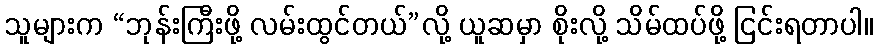
သူများက “ဘုန်းကြီးဖို့ လမ်းထွင်တယ်”လို့ ယူဆမှာ စိုးလို့ သိမ်ထပ်ဖို့ ငြင်းရတာပါ။